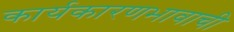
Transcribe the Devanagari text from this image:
कार्यकारणभावाची